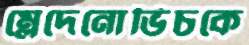
ম্লেদেনোভিচকে